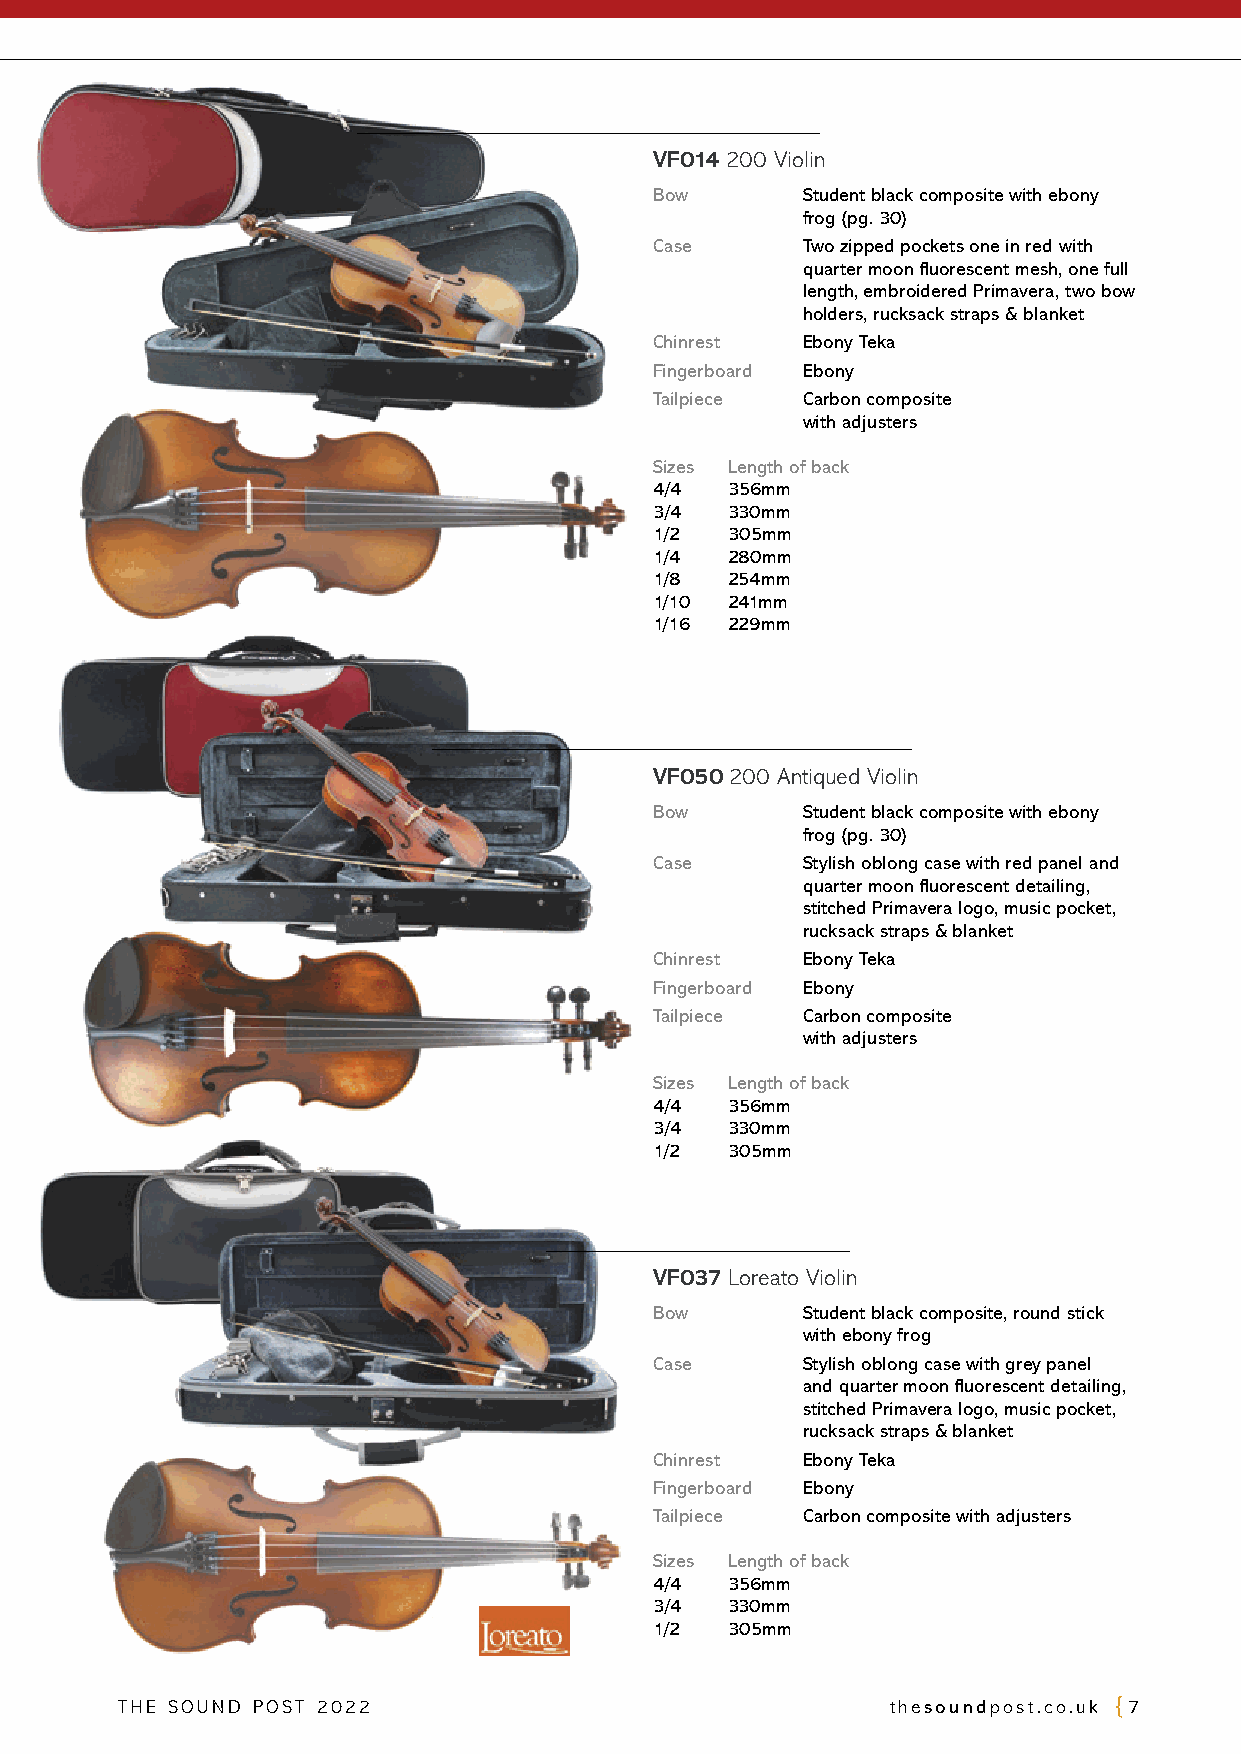
VF014 200 Violin
 Bow       S tudent black composite with ebony
 frog (pg. 30)
 Case      T wo zipped pockets one in red with
 quarter moon fluorescent mesh, one full
 length, embroidered Primavera, two bow
 holders, rucksack straps & blanket
 Chinrest  Ebony Teka
 Fingerboard Ebony
 Tailpiece Carbon composite
 with adjusters
 Sizes Length of back
 4/4  356mm
 3/4  330mm
 1/2  305mm
 1/4  280mm
 1/8  254mm
 1/10 241mm
 1/16 229mm
 VF050 200 Antiqued Violin
 Bow       S tudent black composite with ebony
 frog (pg. 30)
 Case      S tylish oblong case with red panel and
 quarter moon fluorescent detailing,
 stitched Primavera logo, music pocket,
 rucksack straps & blanket
 Chinrest  Ebony Teka
 Fingerboard Ebony
 Tailpiece Carbon composite
 with adjusters
 Sizes Length of back
 4/4  356mm
 3/4  330mm
 1/2  305mm
 VF037 Loreato Violin
 Bow       S tudent black composite, round stick
 with ebony frog
 Case      S tylish oblong case with grey panel
 and quarter moon fluorescent detailing,
 stitched Primavera logo, music pocket,
 rucksack straps & blanket
 Chinrest  Ebony Teka
 Fingerboard Ebony
 Tailpiece Carbon composite with adjusters
 Sizes Length of back
 4/4  356mm
 3/4  330mm
 1/2  305mm
 THE SOUND POST 2022                                thesoundpost.co.uk 7